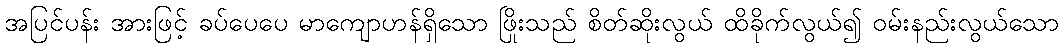
အပြင်ပန်း အားဖြင့် ခပ်ပေပေ မာကျောဟန်ရှိသော ဖြိုးသည် စိတ်ဆိုးလွယ် ထိခိုက်လွယ်၍ ဝမ်းနည်းလွယ်သော